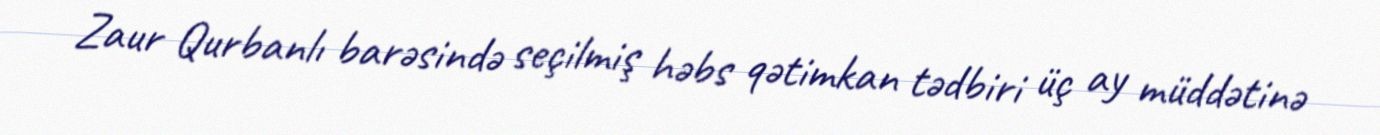
Zaur Qurbanlı barəsində seçilmiş həbs qətimkan tədbiri üç ay müddətinə